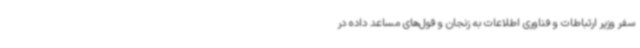
سفر وزیر ارتباطات و فناوری اطلاعات به زنجان و قول‌های مساعد داده در